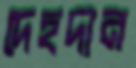
দেহদান